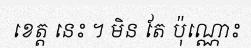
ខេត្ត នេះ ។ មិន តែ ប៉ុណ្ណោះ